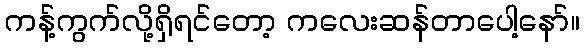
ကန့်ကွက်လို့ရှိရင်တော့ ကလေးဆန်တာပေါ့နော်။